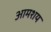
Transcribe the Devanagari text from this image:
आमशय